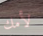
لأمك